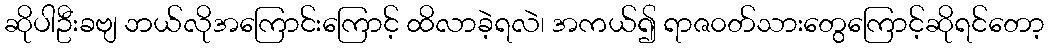
ဆိုပါဦးခဗျ ဘယ်လိုအကြောင်းကြောင့် ထိလာခဲ့ရလဲ၊ အကယ်၍ ရာဇ၀တ်သားတွေကြောင့်ဆိုရင်တော့